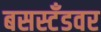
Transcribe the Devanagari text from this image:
बसस्टँडवर